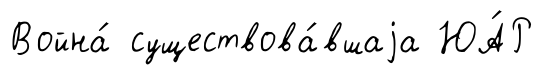
Война́ существова́вшаjа ЮА́Р